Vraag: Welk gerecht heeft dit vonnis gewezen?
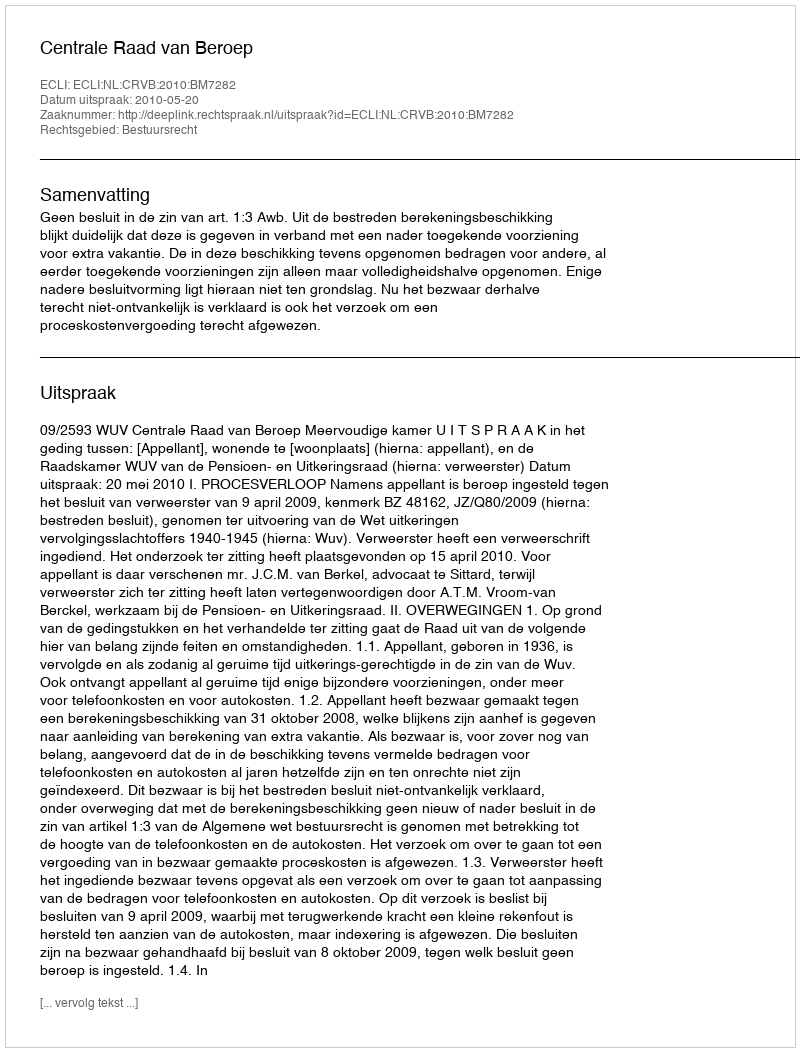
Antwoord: Centrale Raad van Beroep